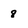
Character: 8